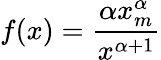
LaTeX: f(x)={\frac{\alpha x_{m}^{\alpha}}{x^{\alpha+1}}}